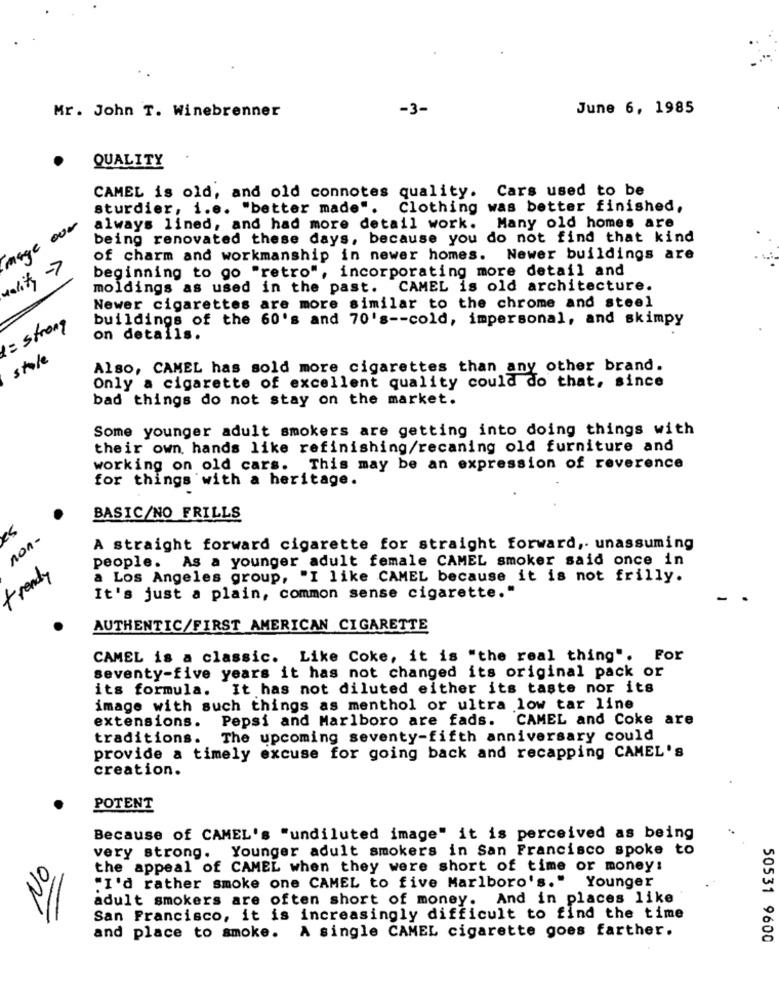
Mr. John T. Winebrenner
-3-
June 6, 1985
.
QUALITY
CAMEL is old, and old connotes quality. Cars used to be
sturdier, i.e. "better made".
Clothing was better finished,
mage our
always lined, and had more detail work. Many old homes are
being renovated these days, because you do not find that kind
of charm and workmanship in newer homes. Newer buildings are
-7
beginning to go "retro", incorporating more detail and
uality
moldings as used in the past. CAMEL is old architecture.
Newer cigarettes are more similar to the chrome and steel
= strong
buildings of the 60's and 70's -- cold, impersonal, and skimpy
on details.
store
Also, CAMEL has sold more cigarettes than any other brand.
Only a cigarette of excellent quality could do that, since
bad things do not stay on the market.
Some younger adult smokers are getting into doing things with
their own hands like refinishing/recaning old furniture and
working on old cars. This may be an expression of reverence
for things with a heritage.
BASIC/NO FRILLS
Sa
non-
A straight forward cigarette for straight forward, unassuming
people. As a younger adult female CAMEL smoker said once in
trendy
a Los Angeles group, "I like CAMEL because it is not frilly.
It's just a plain, common sense cigarette."
AUTHENTIC/FIRST AMERICAN CIGARETTE
CAMEL is a classic. Like Coke, it is "the real thing". For
seventy-five years it has not changed its original pack or
its formula.
It has not diluted either its taste nor its
image with such things as menthol or ultra low tar line
Pepsi and Marlboro are fads. CAMEL and Coke are
extensions.
traditions.
The upcoming seventy-fifth anniversary could
provide a timely excuse for going back and recapping CAMEL's
creation.
POTENT
Because of CAMEL's "undiluted image" it is perceived as being
very strong. Younger adult smokers in San Francisco spoke to
the appeal of CAMEL when they were short of time or money:
"I'd rather smoke one CAMEL to five Marlboro's." Younger
adult smokers are often short of money. And in places like
San Francisco, it is increasingly difficult to find the time
and place to smoke. A single CAMEL cigarette goes farther.
50531 9600